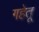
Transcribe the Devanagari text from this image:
गहेतू